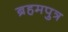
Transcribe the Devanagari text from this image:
ब्रहमपुत्र